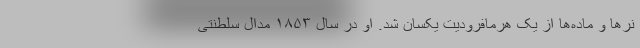
نرها و ماده‌ها از یک هرمافرودیت یکسان شد. او در سال ۱۸۵۳ مدال سلطنتی